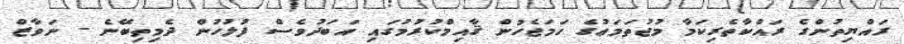
ރައްޔިތުންގެ ރައްކާތެރިކަމާ މުޖުތަމަޢުގެ ހަމަޖެހުން ޤާއިމްކުރުމުގައި އަބަދުވެސް ފުލުހުން ދެމިތިބޭނެ - ނަވާޒް